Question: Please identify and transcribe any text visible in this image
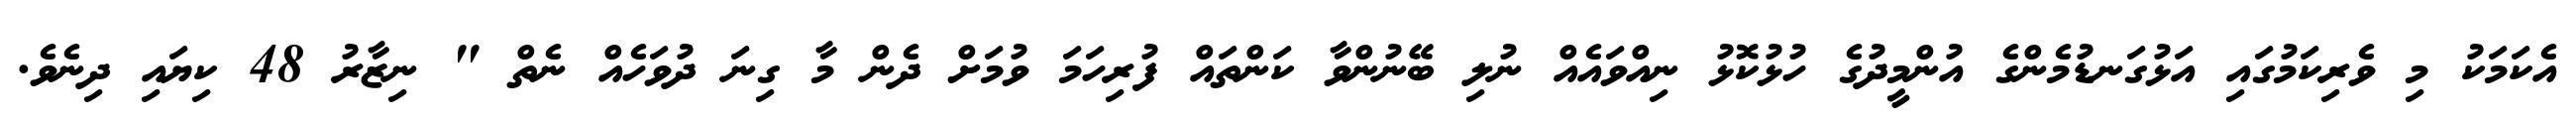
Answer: އެކަމަކު މި ވެރިކަމުގައި އަޅުގަނޑުމެންގެ އުންމީދުގެ ހުޅުކޮޅު ނިއްވައެއް ނުލި ބޭނުންވާ ކަންތައް ފުރިހަމަ ވުމަށް ދެން މާ ގިނަ ދުވަހެއް ނެތް " ނިޒާރު 48 ކިޔައި ދިނެވެ.